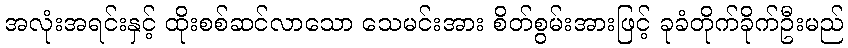
အလုံးအရင်းနှင့် ထိုးစစ်ဆင်လာသော သေမင်းအား စိတ်စွမ်းအားဖြင့် ခုခံတိုက်ခိုက်ဦးမည်